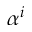
\alpha ^ { i }